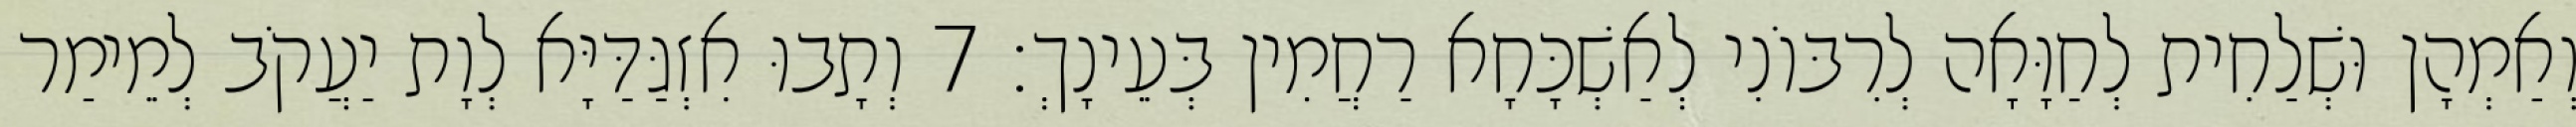
וְאַמְהָן וּשְׁלַחִית לְחַוָּאָה לְרִבּוֹנִי לְאַשְׁכָּחָא רַחֲמִין בְּעֵינָךְ׃ 7 וְתָבוּ אִזְגַּדַּיָּא לְוָת יַעֲקֹב לְמֵימַר